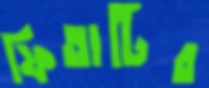
ফিতাটির